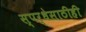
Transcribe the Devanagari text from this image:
स्पर्धेसाठीही